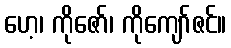
ဟေ့၊ ကိုဇော်၊ ကိုကျော်ဇင်။